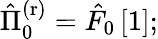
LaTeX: \begin{array}{r}{\hat{\Pi}_{0}^{\mathrm{(r)}}=\hat{F}_{0}\left[1\right];}\end{array}